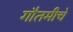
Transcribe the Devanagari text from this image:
गौतमीचे